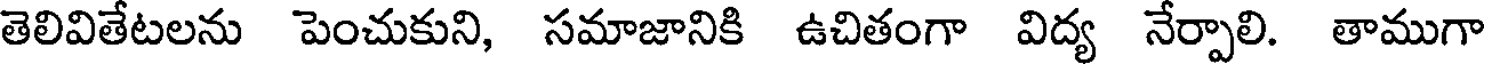
తెలివితేటలను పెంచుకుని, సమాజానికి ఉచితంగా విద్య నేర్పాలి. తాముగా